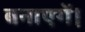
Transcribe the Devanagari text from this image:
बनाएगें।